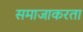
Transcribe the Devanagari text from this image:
समाजाकरता